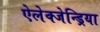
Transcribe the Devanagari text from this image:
ऐलेक्जेन्ड्रिया